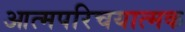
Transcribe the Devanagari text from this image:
आत्मपरिचयात्मक